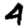
Digit: 4